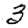
Digit: 3